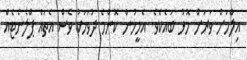
އިލްމަށް ވަރަށް މޮޅު ބައެކެވެ. އެމީހުން ކޮންމެ ދުވަހަކު ވެސް އެތައް ޕްލެނެޓެއް